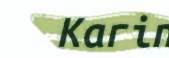
Karin